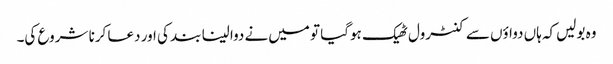
وہ بولیں‌کہ ہاں دواؤں سے کنٹرول ٹھیک ہوگیا تو میں‌نے دوا لینا بند کی اور دعا کرنا شروع کی۔